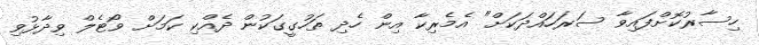
ހިސާރުކޮށްފައިވާ ސަރަހައްދަކަށް" އެމެރިކާ އިން ހެދި ތަހުގީގަކުން ދެއްކި ކަމަށް ވޯޓެލް ވިދާޅުވި